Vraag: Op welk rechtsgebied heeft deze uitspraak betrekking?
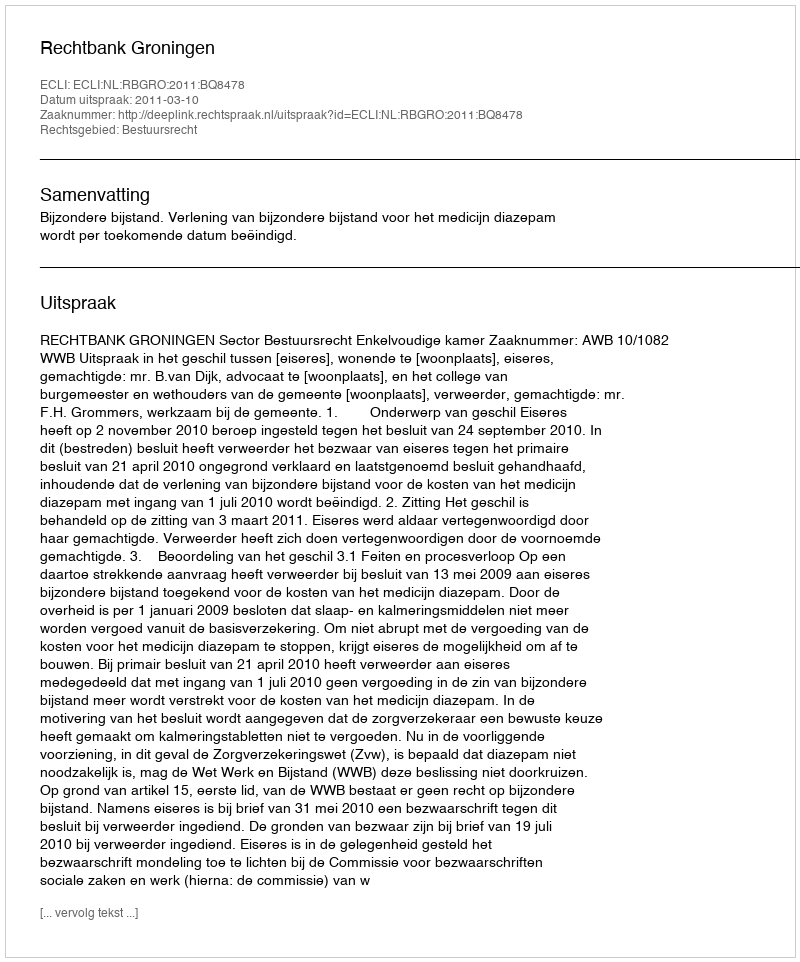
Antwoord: Bestuursrecht